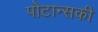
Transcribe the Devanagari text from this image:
पोटान्सकी